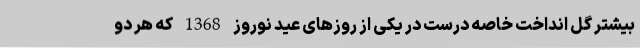
بیشتر گل انداخت خاصه درست در یکی از روزهای عید نوروز 1368 که هر دو